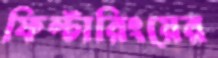
ফিল্টারিংয়ের